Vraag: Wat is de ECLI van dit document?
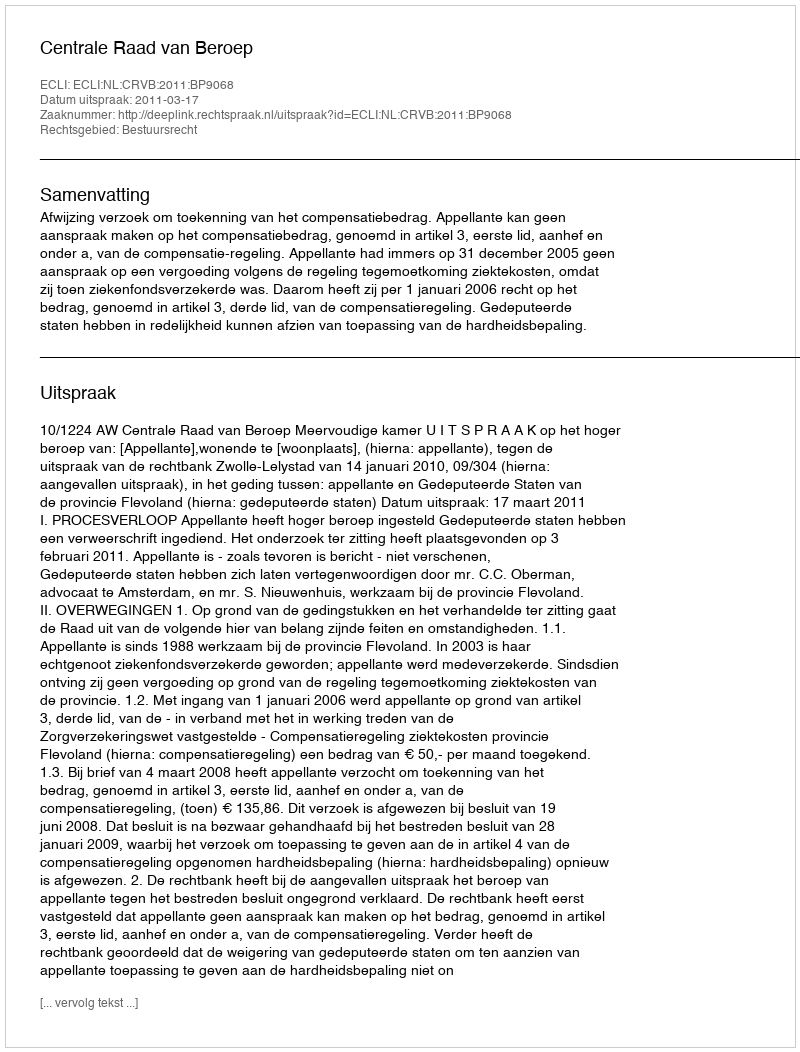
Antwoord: ECLI:NL:CRVB:2011:BP9068